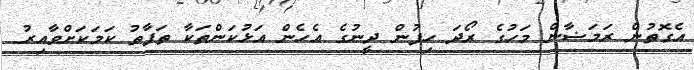
އެގޮތުން ރަމަޟާން މަހުގެ ރޯދަ ހިފުން ދީނުގެ އެހެން އަޅުކަންތަކާ ތަފާތު ކަމަކަށްވާއިރު